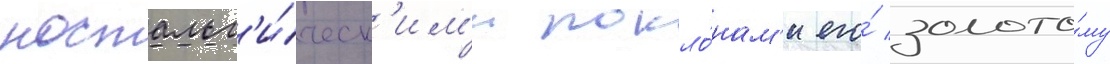
ностальг'и́ческ'им'и покло́нам'и его́ золото́му